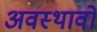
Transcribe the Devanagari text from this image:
अवस्थावों